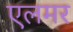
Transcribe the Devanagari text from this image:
एलमर